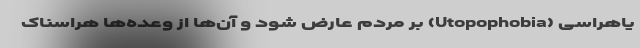
یاهراسی (Utopophobia) بر مردم عارض شود و آن‌ها از وعده‌ها هراسناک‌